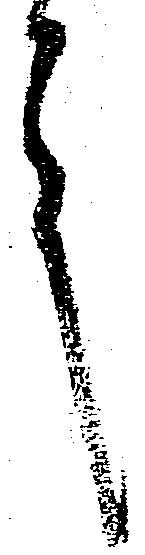
言